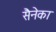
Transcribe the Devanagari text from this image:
सैनेका